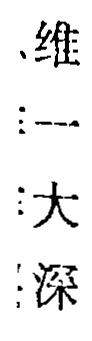
、维
:一
:大
:深